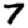
Digit: 7